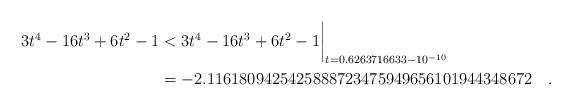
LaTeX: \begin{align*} 3t^4-16t^3+6t^2-1 & < 3t^4-16t^3+6t^2-1\biggr\rvert_{t=0.6263716633 - 10^{-10}} \\& = -2.1161809425425888723475949656101944348672\quad . \end{align*}